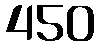
450